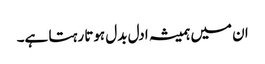
ان میں ہمیشہ ادل بدل ہوتا رہتا ہے۔